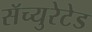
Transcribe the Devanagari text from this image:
सॅच्युरेटेड